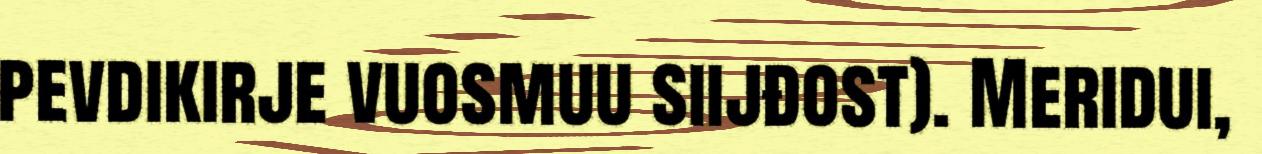
pevdikirje vuosmuu siijđost). Meridui,